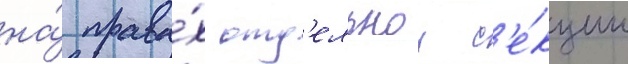
на́ права́х отд'ельнои с'е́кции